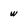
Character: w